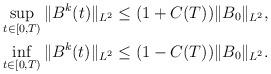
LaTeX: \begin{align*}\sup_{t\in[0,T)} \|B^k(t)\|_{L^2} \leq (1+C(T)) \|B_0\|_{L^2},\\\inf_{t\in[0,T)} \|B^k(t)\|_{L^2} \leq (1-C(T)) \|B_0\|_{L^2}.\end{align*}